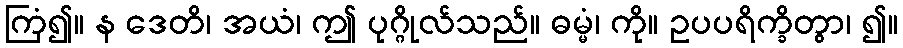
ကြံ၍။ န ဒေတိ၊ အယံ၊ ဤ ပုဂ္ဂိုလ်သည်။ ဓမ္မံ၊ ကို။ ဥပပရိက္ခိတွာ၊ ၍။